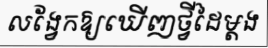
លង្វែកឱ្យឃើញថ្វីដៃម្តង